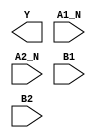
module sky130_fd_sc_hs__a2bb2oi (
    Y   ,
    A1_N,
    A2_N,
    B1  ,
    B2
);

    output Y   ;
    input  A1_N;
    input  A2_N;
    input  B1  ;
    input  B2  ;

    // Voltage supply signals
    supply1 VPWR;
    supply0 VGND;

endmodule